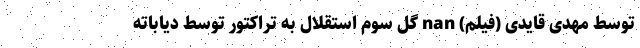
توسط مهدی قایدی (فیلم) nan گل سوم استقلال به تراکتور توسط دیاباته